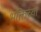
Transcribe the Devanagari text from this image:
भक्तिच्या